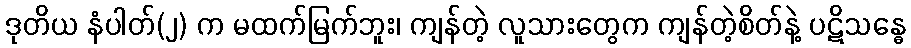
ဒုတိယ နံပါတ်(၂) က မထက်မြက်ဘူး၊ ကျန်တဲ့ လူသားတွေက ကျန်တဲ့စိတ်နဲ့ ပဋိသန္ဓေ